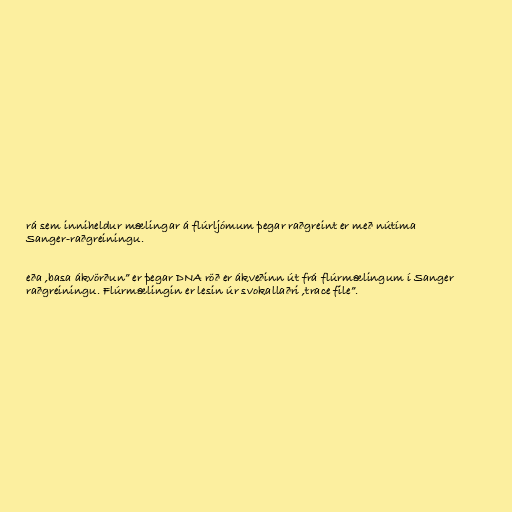
rá sem inniheldur mælingar á flúrljómum þegar raðgreint er með nútíma
Sanger-raðgreiningu.

eða ,basa ákvörðun” er þegar DNA röð er ákveðinn út frá flúrmælingum í Sanger
raðgreiningu. Flúrmælingin er lesin úr svokallaðri ,trace file”.